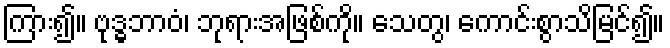
ကြား၍။ ဗုဒ္ဓဘာဝံ၊ ဘုရားအဖြစ်ကို။ သေတွ၊ ကောင်းစွာသိမြင်၍။